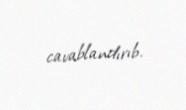
cavablandırıb.